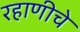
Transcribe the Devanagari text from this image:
रहाणीचे